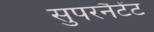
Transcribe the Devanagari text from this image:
सुपरनैटेंट